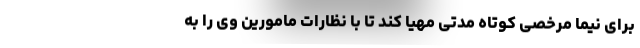
برای نیما مرخصی کوتاه مدتی مهیا کند تا با نظارات مامورین وی را به